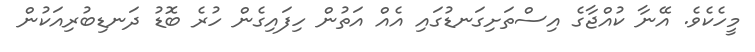
މީހެކެވެ. އޭނާ ކުއްޖާގެ އިސްތަށިގަނޑުގައި އެއް އަތުން ހިފައިގެން ހުރެ ބޮޑު ދަނޑިބުރިއަކުން